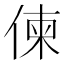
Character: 𠋖